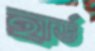
হার্ড